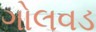
ગોલવડ